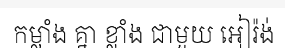
កម្លាំង គ្នា ខ្លាំង ជាមួយ អៀរ៉ង់